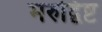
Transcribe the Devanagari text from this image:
मरुद्विष्ट